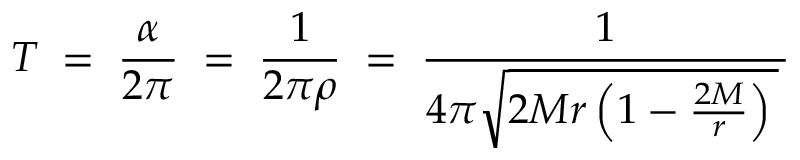
T \; = \; { \frac { \alpha } { 2 \pi } } \; = \; { \frac { 1 } { 2 \pi \rho } } \; = \; { \frac { 1 } { 4 \pi { \sqrt { 2 M r \left( 1 - { \frac { 2 M } { r } } \right) \, } } \, } }